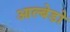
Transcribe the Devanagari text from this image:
आल्बेडो